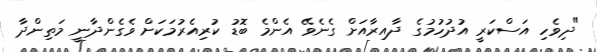
"ދިވެހި އަސްކަރީ އުދުހުމުގެ ދާއިރާއަށް ގެނެވޭ އެންމެ ބޮޑު ކުރިއެރުމަކަށް ވެގެންދާނީ މަތިންދާ